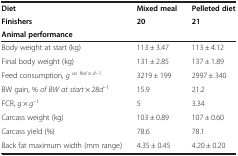
| Diet | Mixed meal | Pelleted diet |
 | Finishers | 20 | 21 |
 | Animal performance |  |  |
 | --- | --- | --- |
 | Body weight at start (kg) | 113 ± 3.47 | 113 ± 4.12 |
 | Final body weight (kg) | 131 ± 2.85 | 137 ± 1.89 |
 | Feed consumption, gas fed × d–1 | 3219 ± 199 | 2997 ± 340 |
 | BW gain, % of BW at start × 28d–1 | 15.9 | 21.2 |
 | FCR, g × g–1 | 5 | 3.34 |
 | Carcass weight (kg) | 103 ± 0.89 | 107 ± 0.60 |
 | Carcass yield (%) | 78.6 | 78.1 |
 | Back fat maximum width (mm range) | 4.35 ± 0.45 | 4.20 ± 0.20 |